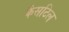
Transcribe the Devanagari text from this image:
कैसटिल